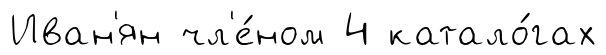
Иван'ян чл'е́ном 4 катало́гах